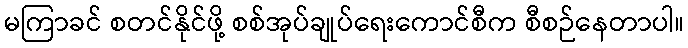
မကြာခင် စတင်နိုင်ဖို့ စစ်အုပ်ချုပ်ရေးကောင်စီက စီစဉ်နေတာပါ။